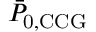
\bar { P } _ { \mathrm { 0 , C C G } }